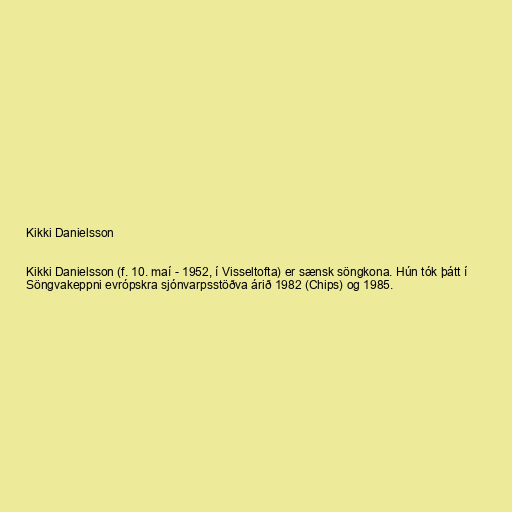
Kikki Danielsson

Kikki Danielsson (f. 10. maí - 1952, í Visseltofta) er sænsk söngkona. Hún tók þátt í
Söngvakeppni evrópskra sjónvarpsstöðva árið 1982 (Chips) og 1985.